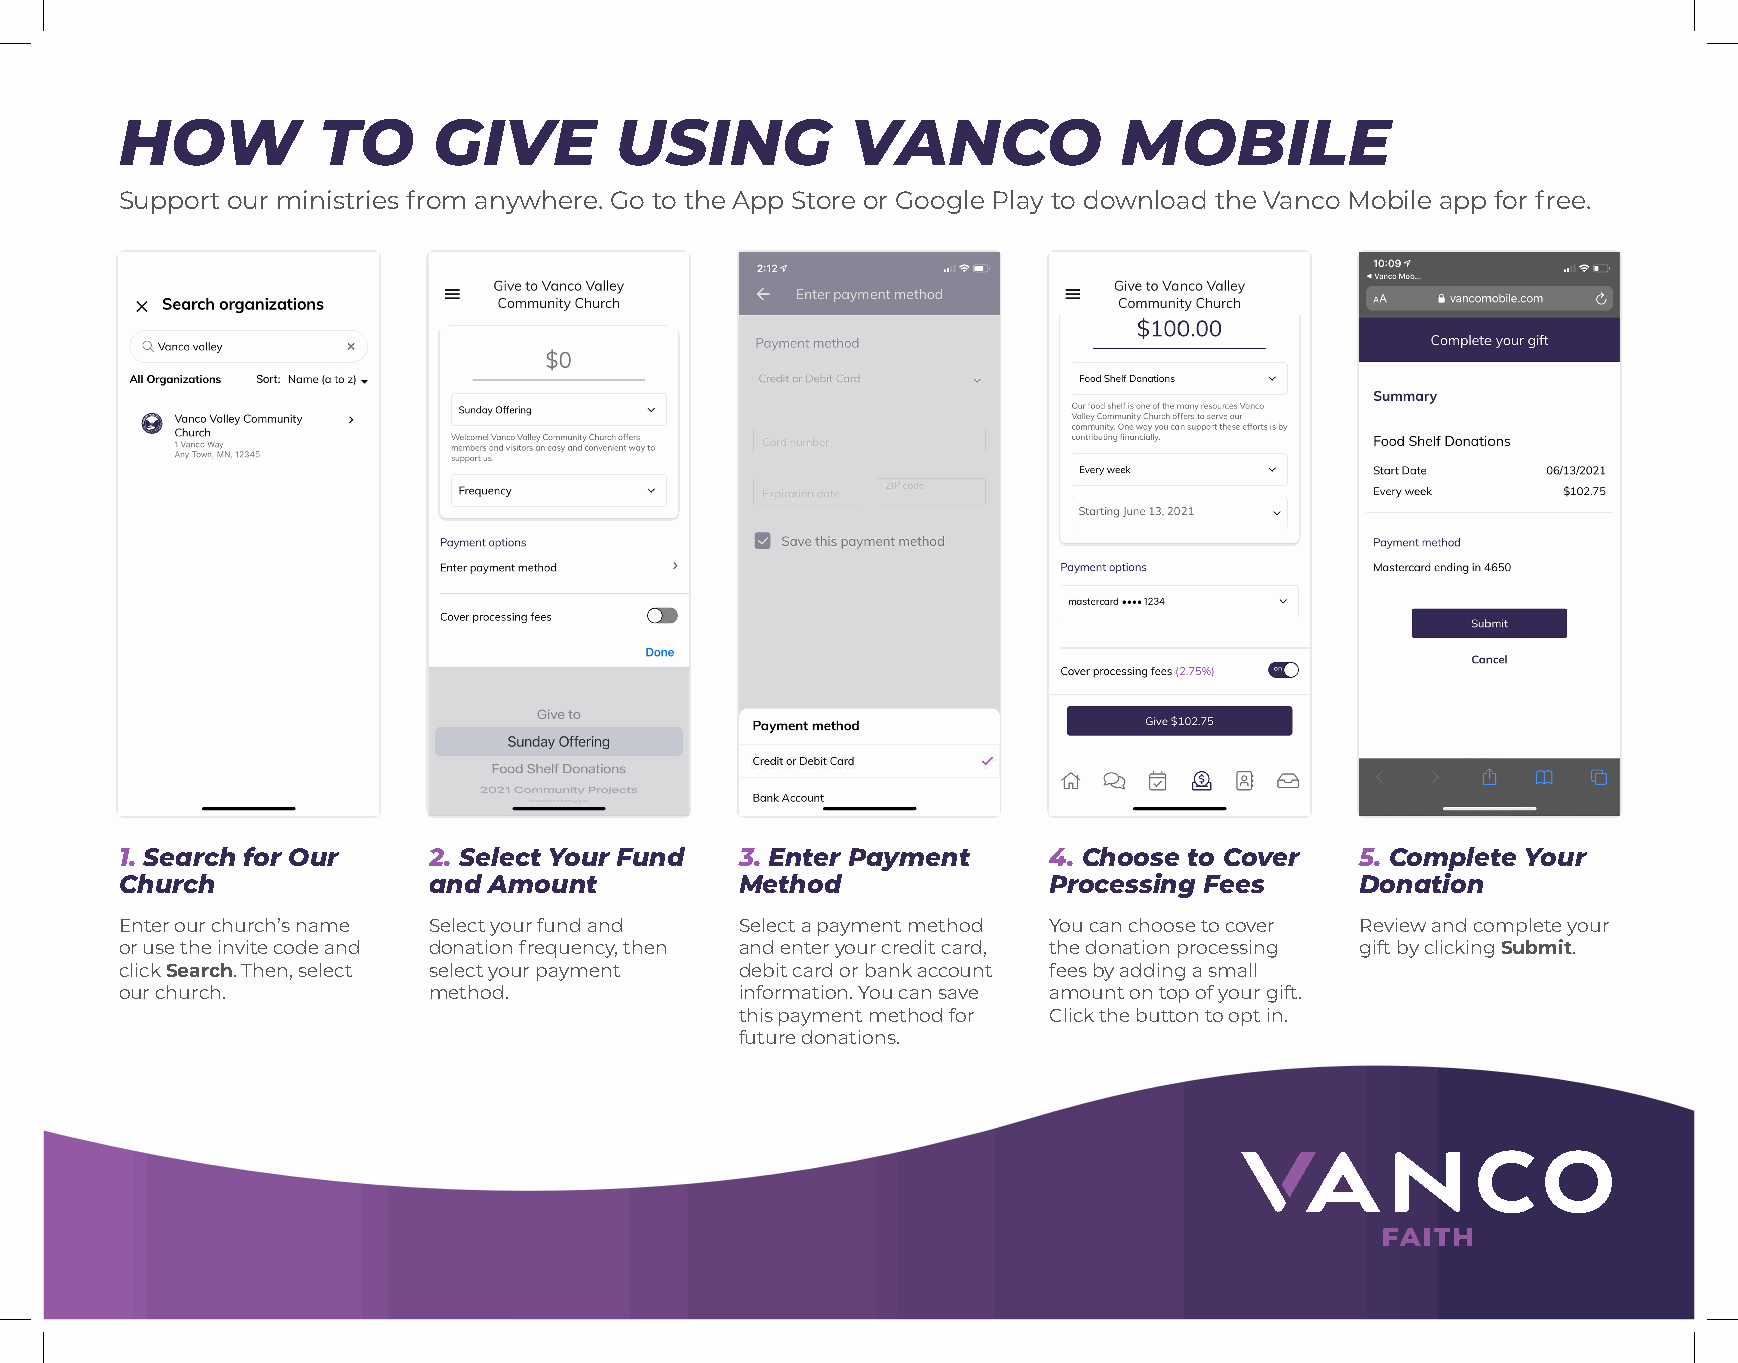
HOW          TO      GIVE        USING          VANCO             MOBILE
 Support our ministries from anywhere. Go to the App Store or Google Play to download the Vanco Mobile app for free.
 1. Search for Our   2. Select Your Fund  3. Enter Payment    4. Choose to Cover   5. Complete Your
 Church              and Amount           Method              Processing Fees      Donation
 Enter our church’s name Select your fund and Select a payment method You can choose to cover Review and complete your
 or use the invite code and donation frequency, then and enter your credit card, the donation processing gift by clicking Submit.
 click Search. Then, select select your payment debit card or bank account fees by adding a small
 our church.         method.              information. You can save amount on top of your gift.
 this payment method for Click the button to opt in.
 future donations.